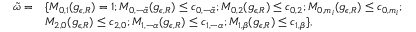
\begin{array} { r l } { \tilde { \omega } = } & { \{ M _ { 0 , 1 } ( g _ { \epsilon , R } ) = 1 ; M _ { 0 , - \tilde { \alpha } } ( g _ { \epsilon , R } ) \leq c _ { 0 , - \tilde { \alpha } } ; M _ { 0 , 2 } ( g _ { \epsilon , R } ) \leq c _ { 0 , 2 } ; M _ { 0 , m _ { i } } ( g _ { \epsilon , R } ) \leq c _ { 0 , m _ { i } } ; } \\ & { M _ { 2 , 0 } ( g _ { \epsilon , R } ) \leq c _ { 2 , 0 } ; M _ { 1 , - \alpha } ( g _ { \epsilon , R } ) \leq c _ { 1 , - \alpha } ; M _ { 1 , \beta } ( g _ { \epsilon , R } ) \leq c _ { 1 , \beta } \} , } \end{array}